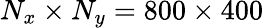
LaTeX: N_{x}\times N_{y}=800\times 400